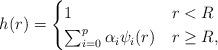
LaTeX: \begin{align*}h(r)=\begin{cases}1&r<R\\\sum_{i=0}^p \alpha_i\psi_i(r)&r\ge R,\end{cases}\end{align*}